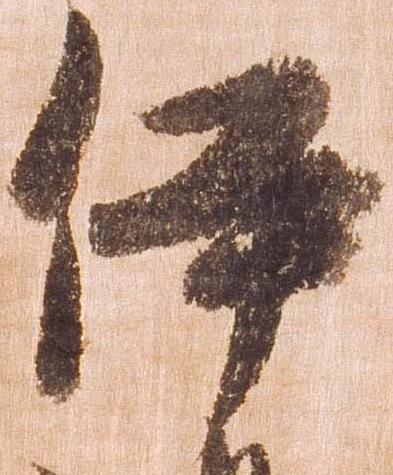
伊